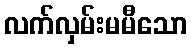
လက်လှမ်းမမီသော